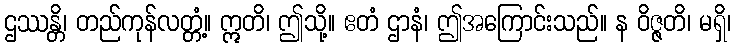
ဌဿန္တိ၊ တည်ကုန်လတ္တံ့။ ဣတိ၊ ဤသို့။ ဧတံ ဌာနံ၊ ဤအကြောင်းသည်။ န ဝိဇ္ဇတိ၊ မရှိ၊